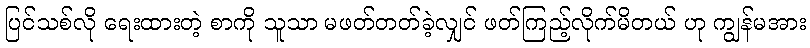
ပြင်သစ်လို ရေးထားတဲ့ စာကို သူသာ မဖတ်တတ်ခဲ့လျှင် ဖတ်ကြည့်လိုက်မိတယ် ဟု ကျွန်မအား